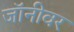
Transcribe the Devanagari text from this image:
जॉनीवर